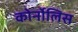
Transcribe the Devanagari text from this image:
कोर्नोलिस